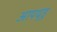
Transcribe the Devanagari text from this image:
आपथुडु